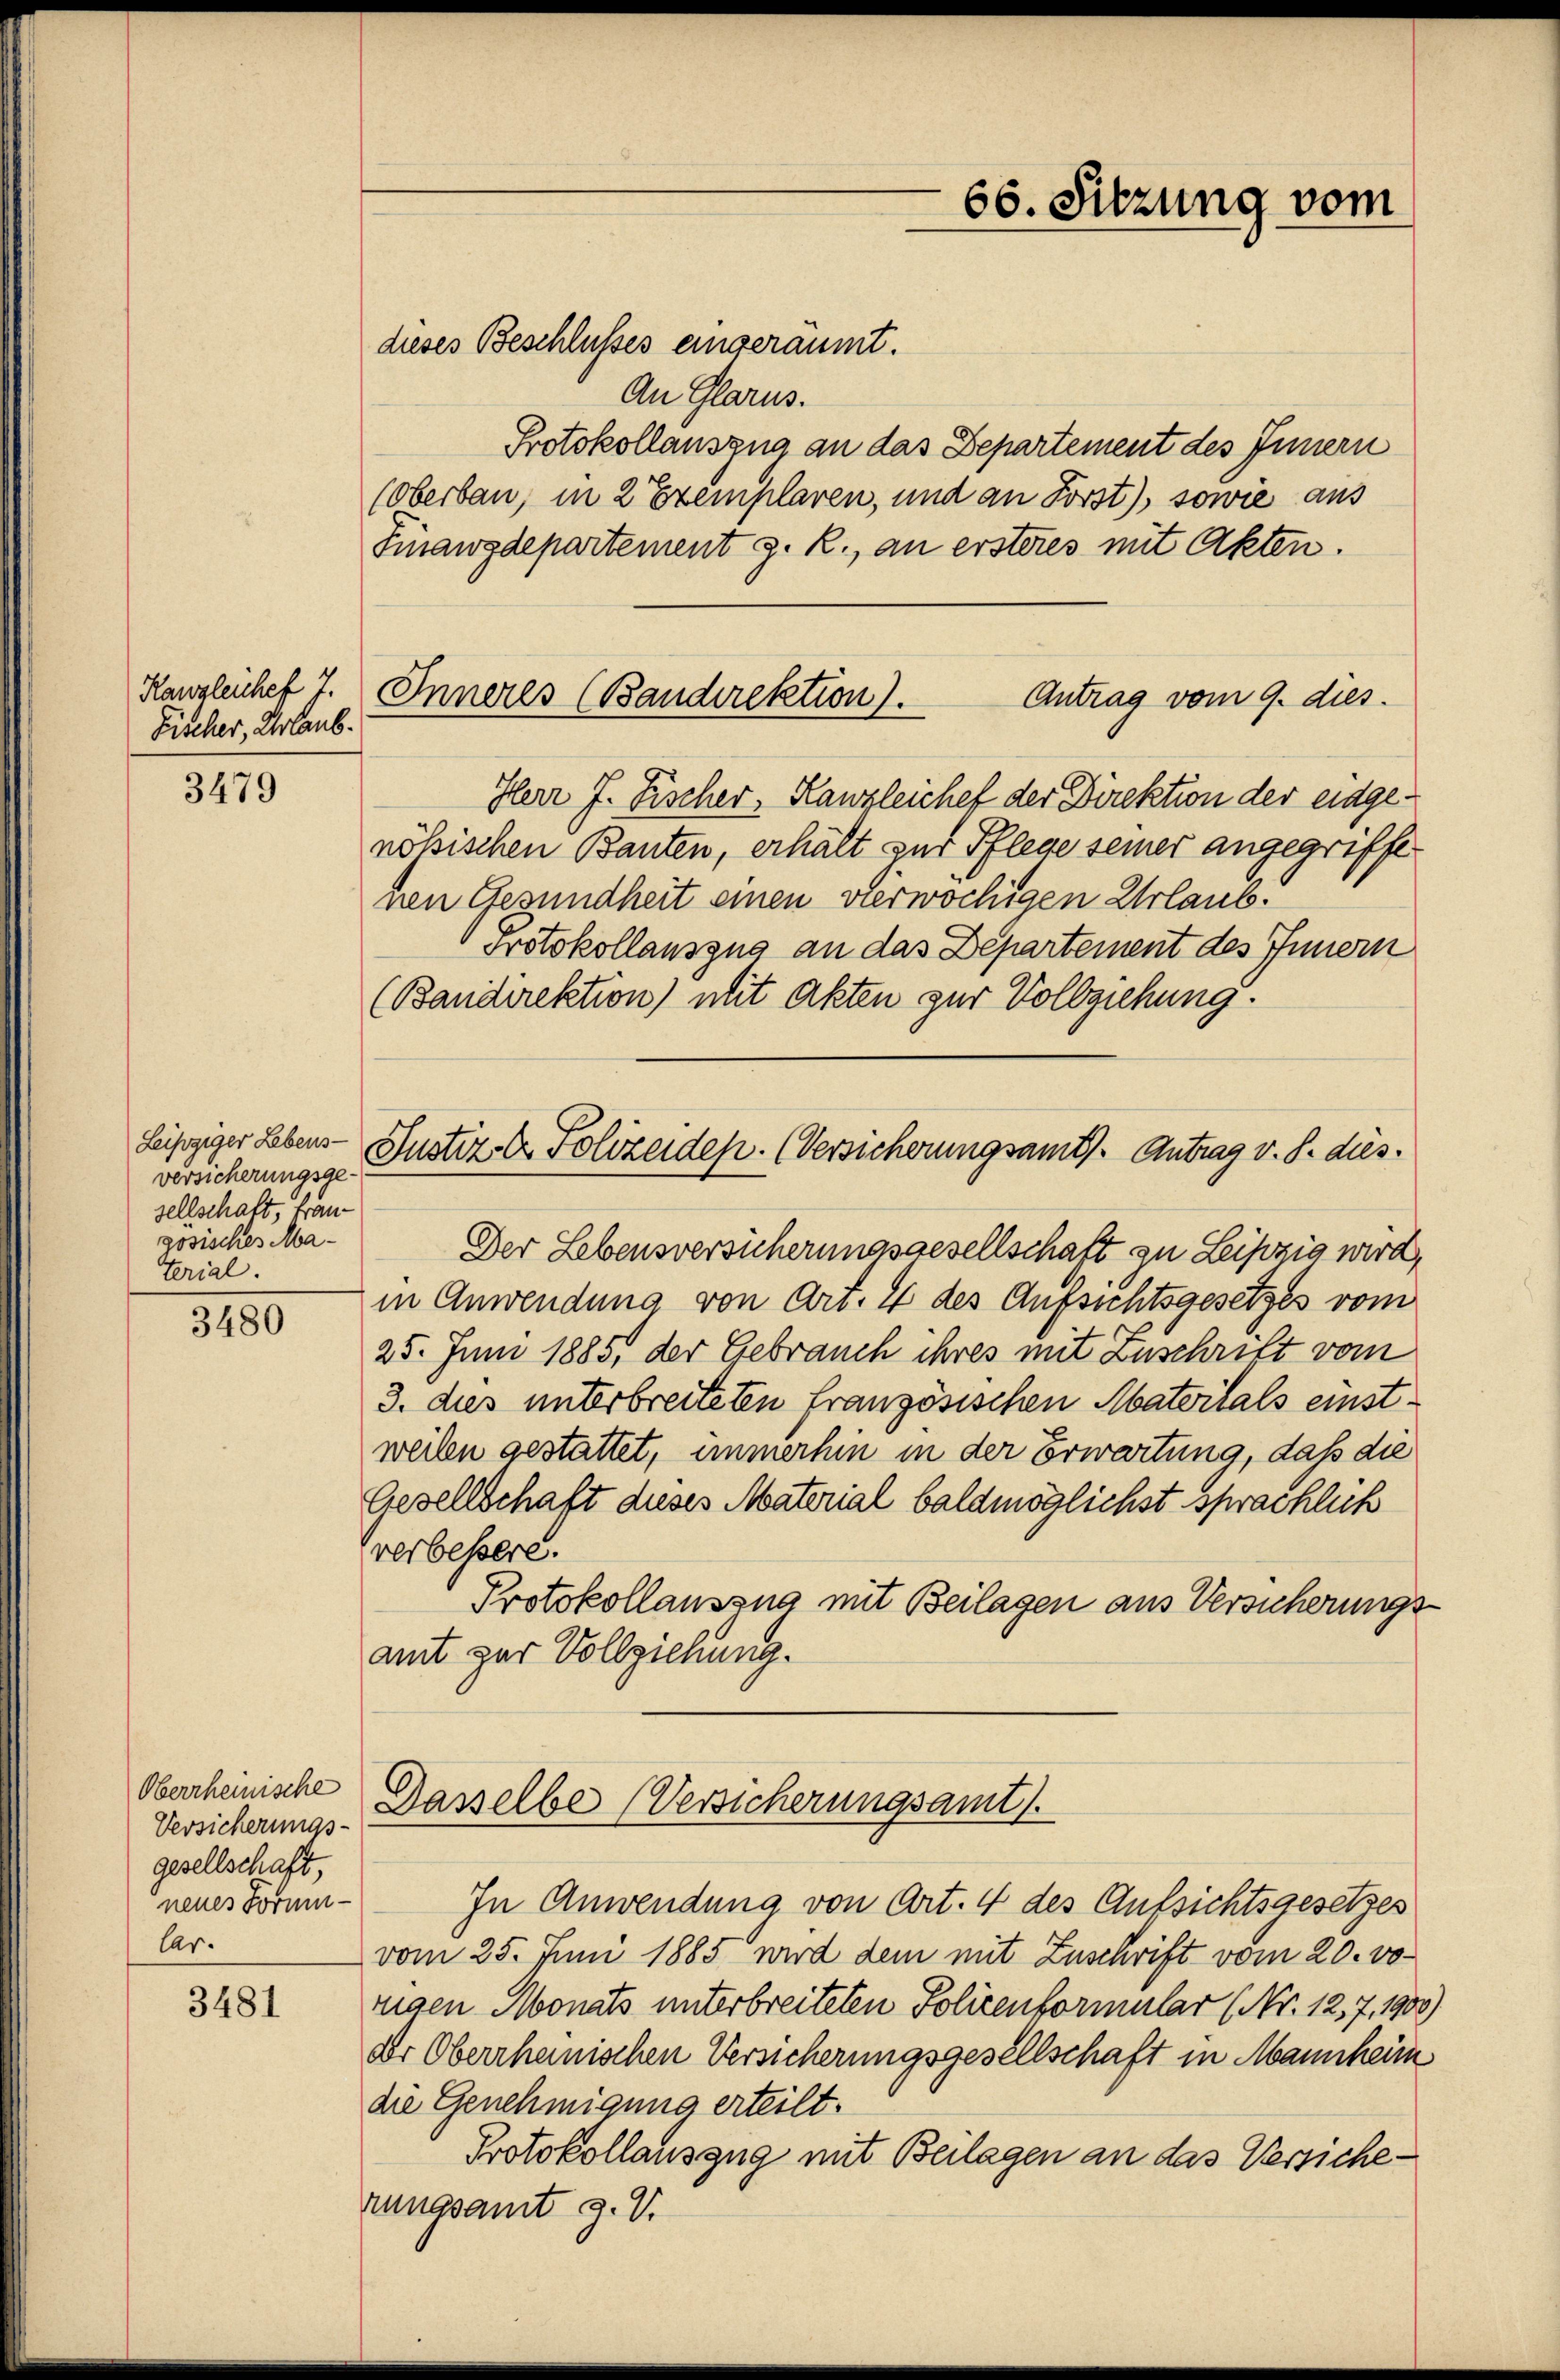
Fischer, Urlaub.

3479

Leipziger Lebens-
versicherungsge-
sellschaft, franzosisches Material.

3480

Oberrheinische
Versicherungs-
gesellschaft,
neues Formular.

3481

dieses Beschlusses eingeräumt.
An Glarus.
Protokollauszug an das Departement des Innern
(Oberbau, in 2 Exemplaren, und an Forst), sowie aus
Finanzdepartement z. R., an ersteres mit Akten.
Herr J. Fischer, Kanzleichef der Direktion der eidgenössischen Bauten, erhält zur Pflege seiner angegriffenen Gesundheit einen vierwöchigen Urlaub.
Protokollauszug an das Departement des Innern
(Bandirektion) mit Akten zur Vollziehung.
Justiz- & Polizeiden. (Versicherungsamts Antrag v. 8. dies.
Der Lebensversicherungsgesellschaft zu Leipzig wird,
in Anwendung von Art. 4 des Aufsichtsgesetzes vom
25. Juni 1883, der Gebrauch ihres mit Zuschrift vom
3. dies unterbreiteten französischen Materials einstweilen gestattet, immerhin in der Erwartung, daß die
Gesellschaft dieses Material baldmöglichst sprachlich
verbessere.
Protokollauszug mit Beilagen aus Versicherungs
amt zur Vollziehung.

Kanzleiches 7. Inneres (Bandirektion).
Antrag vom 9. dies

66. Sitzung vom

Dasselbe (Versicherungsamt.

In Anwendung von Art. 4 des Aufsichtsgesetzes
vom 25. Juni 1885 wird dem mit Zuschrift vom 20. vo
rigen Monats unterbreiteten Policenformular (Nr. 12, 7, 1900,
der Oberrheimischen Versicherungsgesellschaft in Mannheim
die Genehmigung erteilt.
Protokollauszug mit Beilagen an das Versicherungsamt z. V.

2